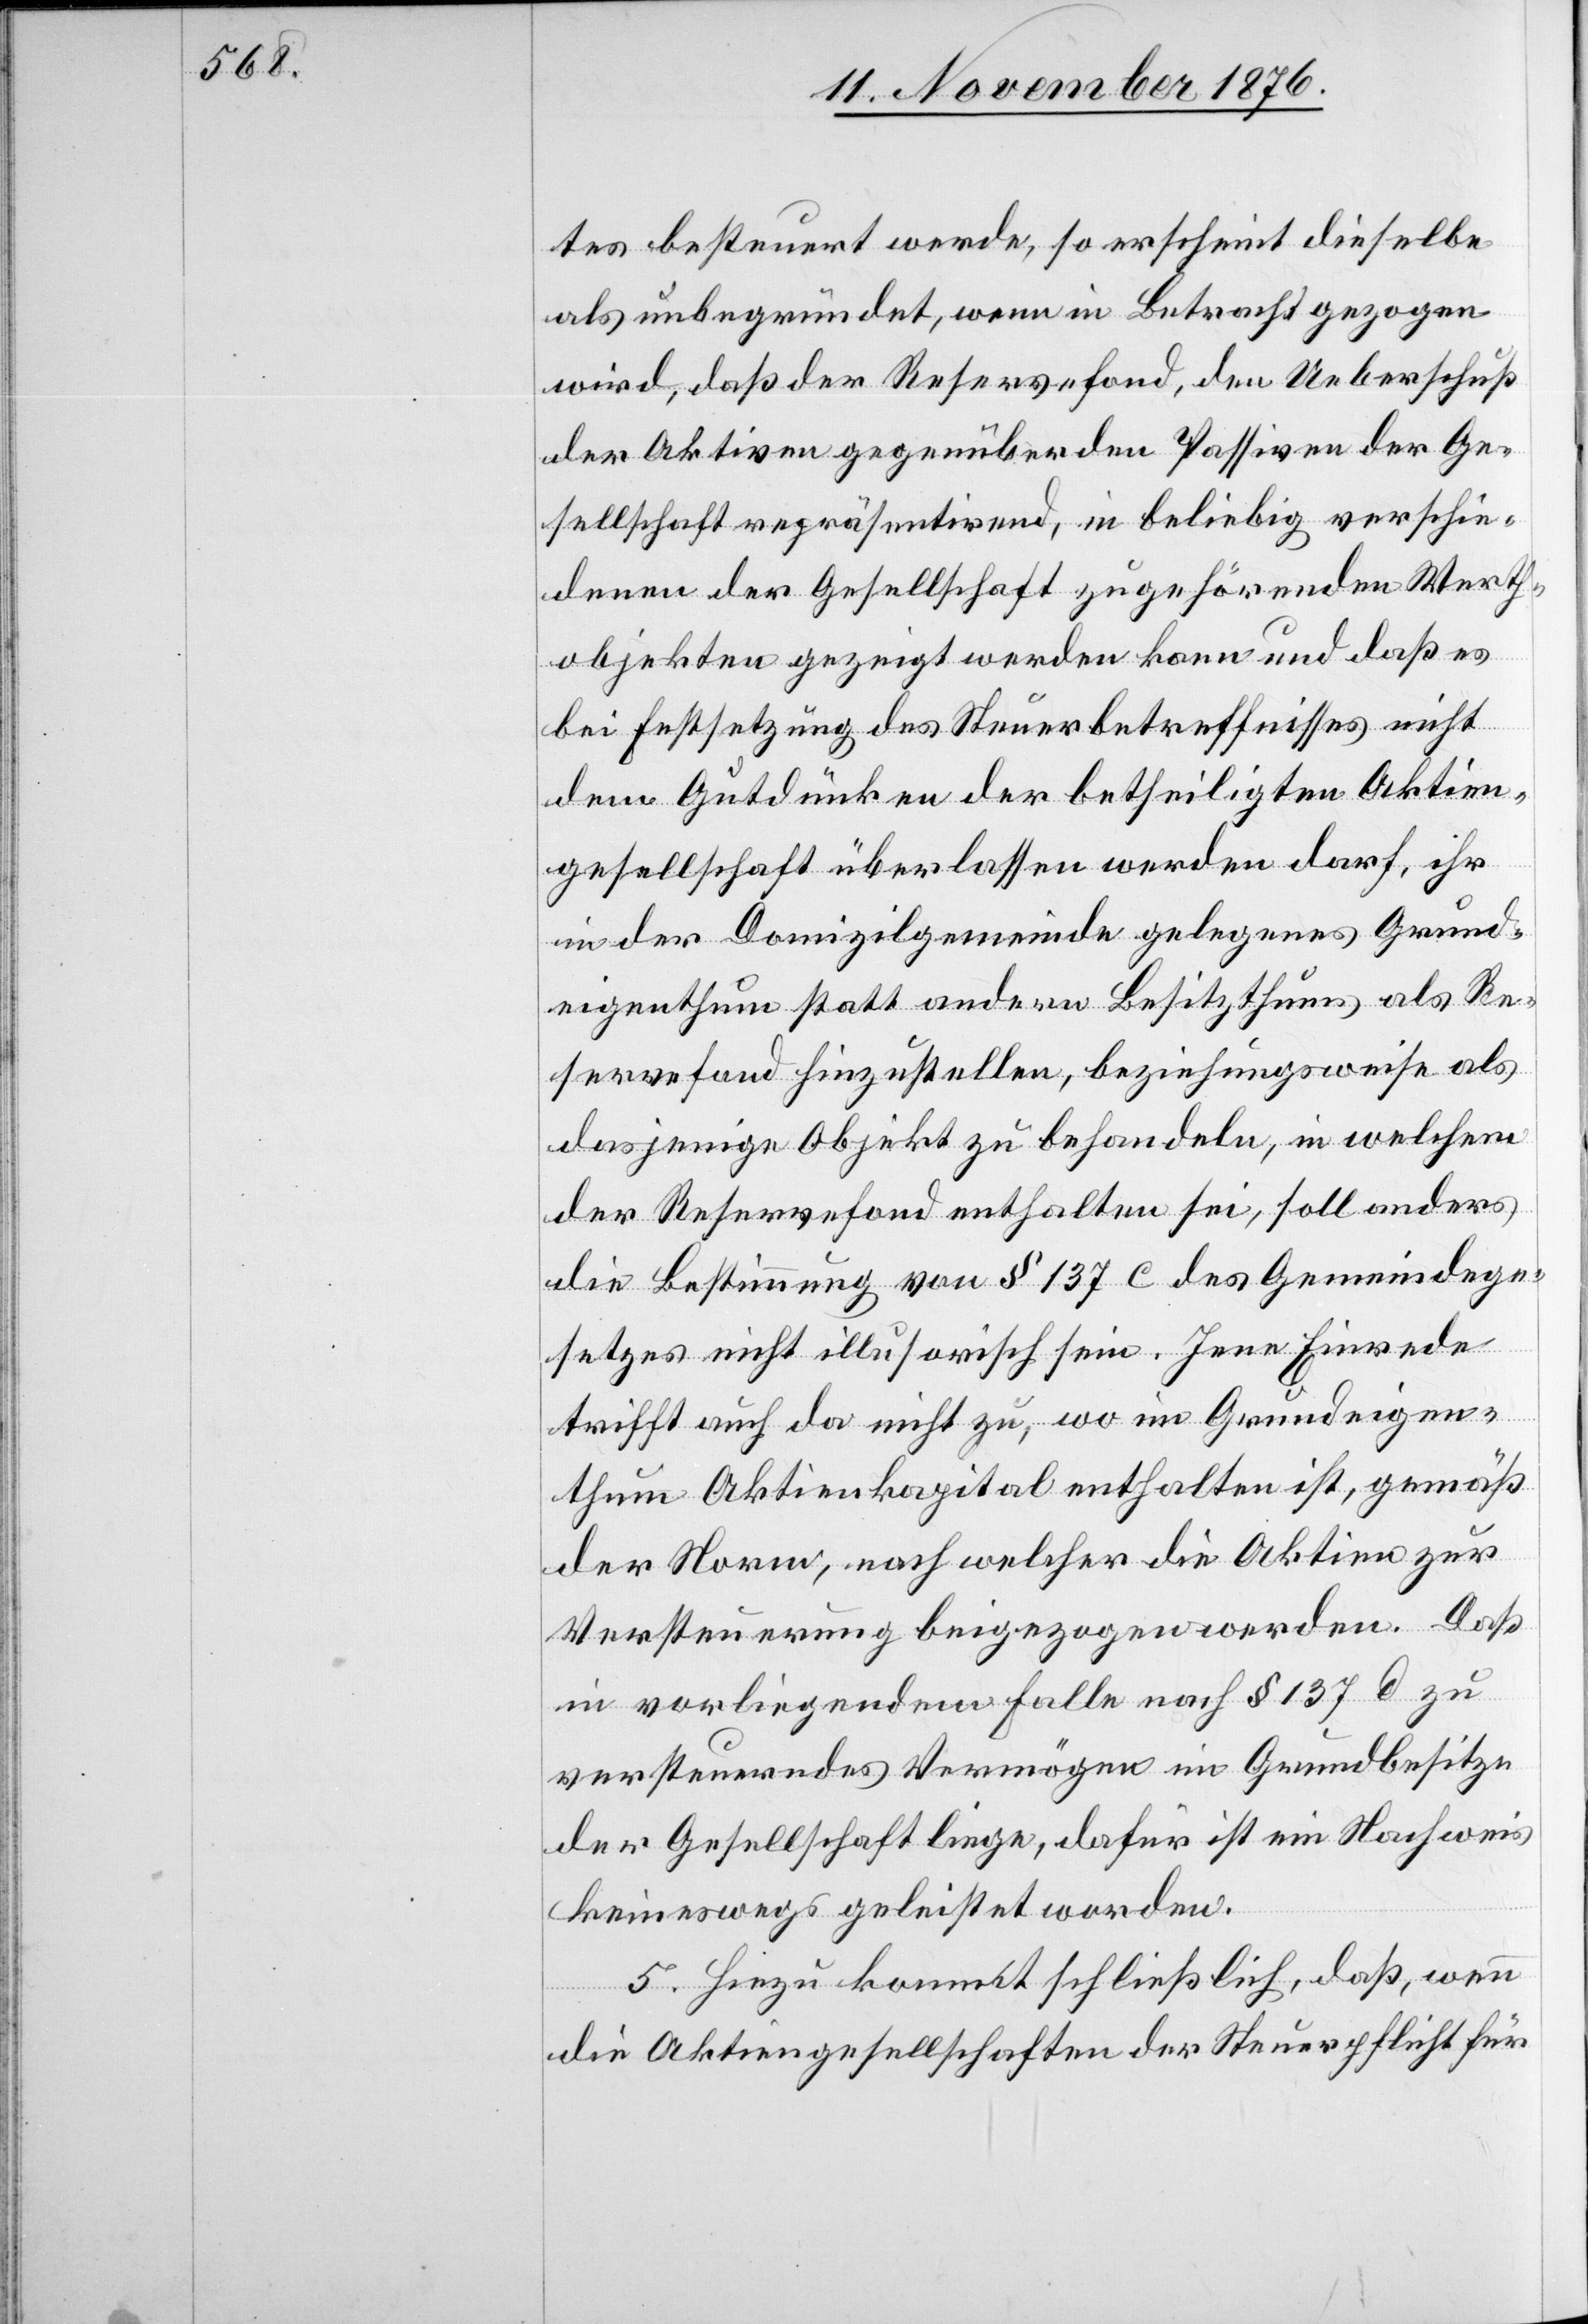
tes besteuert werde, so erscheint dieselbe
als unbegründet, wenn in Betracht gezogen
wird, daß der Reservefond, den Ueberschuß
der Aktiven gegenüber den Passiven der Ge¬
sellschaft repräsentirend, in beliebig verschie¬
denen der Gesellschaft zugehörenden Werth¬
objekten gezeigt werden kann und daß es
bei Festsetzung des Steuerbetreffnisses nicht
dem Gutdünken der betheiligten Aktien¬
gesellschaft überlassen werden darf, ihr
in der Domizilgemeinde gelegenes Grund¬
eigenthum statt andern Besitzthums als Re¬
servefond hinzustellen, beziehungsweise als
dasjenige Objekt zu behandeln, in welchem
der Reservefond enthalten sei, soll anders
die Bestimmung von § 137 c des Gemeindege¬
setzes nicht illusorisch sein. Jene Einrede
trifft auch da nicht zu, wo im Grundeigen¬
thum Aktienkapital enthalten ist, gemäß
der Norm, nach welcher die Aktien zur
Versteuerung beigezogen werden. Daß
in vorliegendem Falle nach § 137 d zu
versteuerndes Vermögen im Grundbesitze
der Gesellschaft liege, dafür ist ein Nachweis
keineswegs geleistet worden.
5. Hinzu kommt schließlich, daß, wenn
die Aktiengesellschaften der Steuerpflicht für